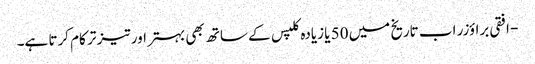
- افقی براؤزر اب تاریخ میں 50 یا زیادہ کلپس کے ساتھ بھی بہتر اور تیز تر کام کرتا ہے۔